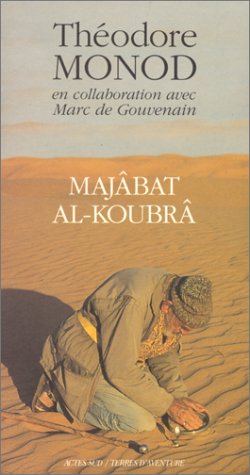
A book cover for Majabat Al-Koubra (Terres d'aventure) (French Edition); Theodore Monod; Travel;